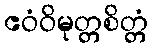
ဧဝံဝိမုတ္တစိတ္တံ